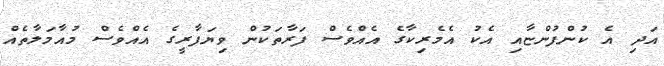
އަދި އެ ކުންފުންޏާއި އެކު އެމެރިކާގެ އެއްވެސް ފަރާތަކުން ވިޔަފާރީގެ އެއްވެސް މުއާމަލާތެއް